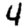
Digit: 4